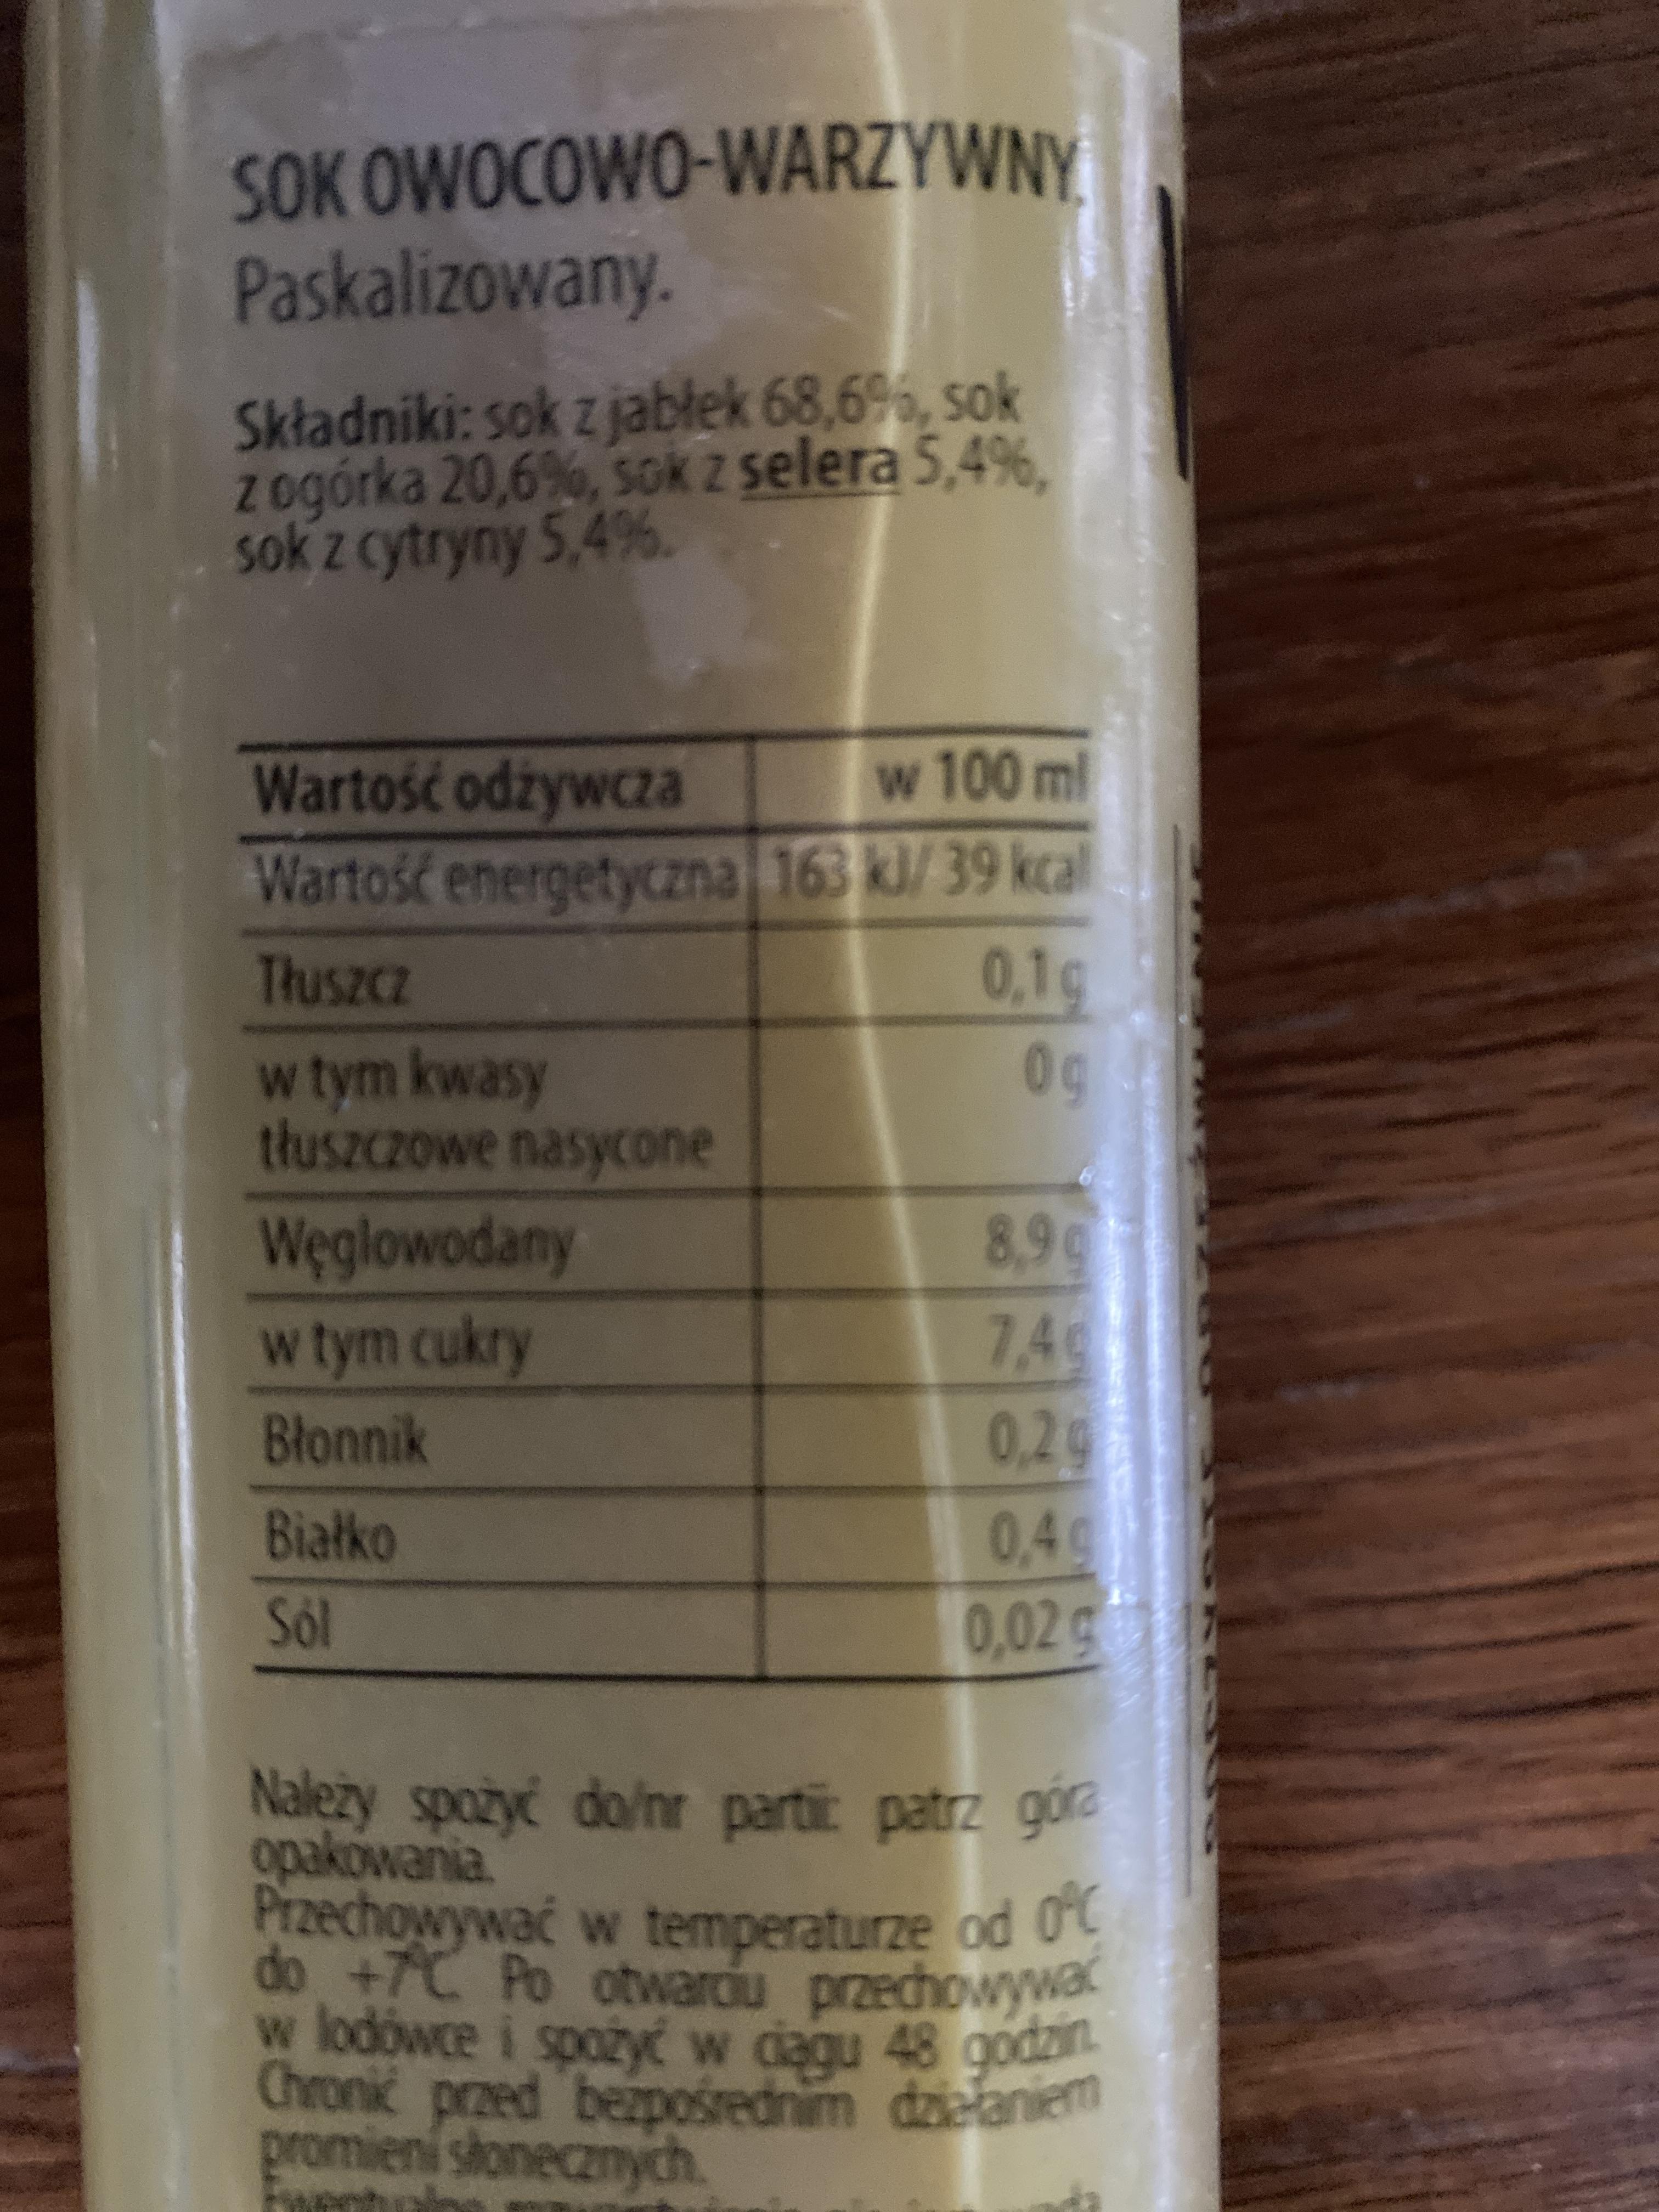
SOK OWOCOWO-WARZYWNY Paskalizowany.
Składniki: sok z jablek 68,6%, sok z ogórka 20,6%, soK Z selera 5,4%. sok z cytryny 5,4%.
Wartość odżywcza Wartoś energetyczna 163 kl/ 39 kcal
w 100 ml
Thuszcz
0,1g
0g
w tym kwasy tłuszczowe nasycone
8,9 7,4g 0,2g
Weglowodany
w tym cukry
Błonnik
Białko
0,4g
Sol
0,02g
Należy spożyć do/nr parti: patrz gora opakowania. Przechowywać w temperaturze od oC do +7C Po otwarciu przechowywać
w lodówce i spożyć w cagu Chronic przed bezpośrednim dzielaniem promieni stonecznych
48 godzn.